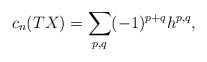
\begin{align*}c_n(TX)= \sum\limits_{p,q} (-1)^{p+q} h^{p,q},\end{align*}